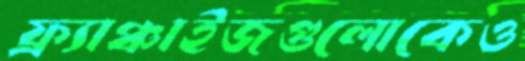
ফ্র্যাঞ্চাইজগুলোকেও